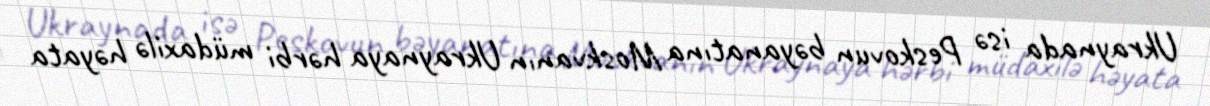
Ukraynada isə Peskovun bəyanatına Moskvanın Ukraynaya hərbi müdaxilə həyata